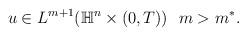
LaTeX: \begin{align*} \begin{aligned} u\in L^{m+1}(\mathbb{H}^n\times(0,T)) ~ ~m>m^*. \end{aligned} \end{align*}